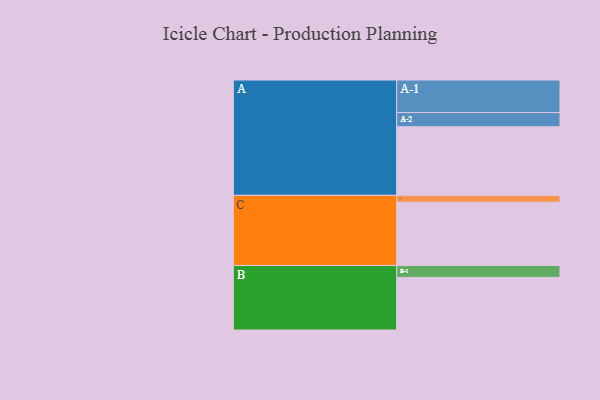
{"axis": {"x": "Segment", "y": "Value"}, "legend": ["", "A", "B", "C"], "data": [{"x": "A", "y": 579, "type": ""}, {"x": "B", "y": 444, "type": ""}, {"x": "C", "y": 534, "type": ""}, {"x": "A-1", "y": 275, "type": "A"}, {"x": "A-2", "y": 120, "type": "A"}, {"x": "B-1", "y": 101, "type": "B"}, {"x": "C-1", "y": 58, "type": "C"}]}